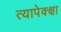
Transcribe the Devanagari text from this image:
त्यापेक्क्षा